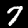
Digit: 7